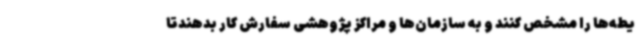
یطه‌ها را مشخص کنند و به سازمان‌ها و مراکز پژوهشی سفارش کار بدهندتا